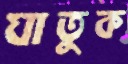
ঘাতুক